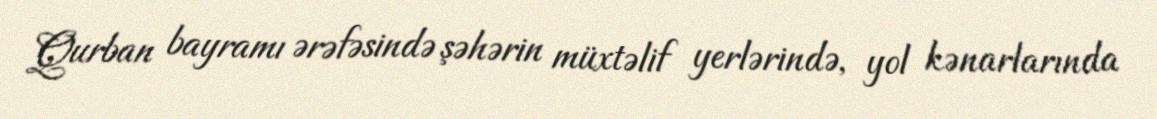
Qurban bayramı ərəfəsində şəhərin müxtəlif yerlərində, yol kənarlarında